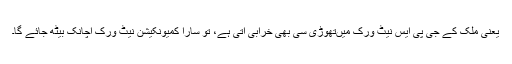
یعنی ملک کے جی پی ایس نیٹ ورک میںتھوڑی سی بھی خرابی آتی ہے، تو سارا کمیونکیشن نیٹ ورک اچانک بیٹھ جائے گا۔